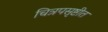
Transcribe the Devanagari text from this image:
चित्रपसृष्टीत